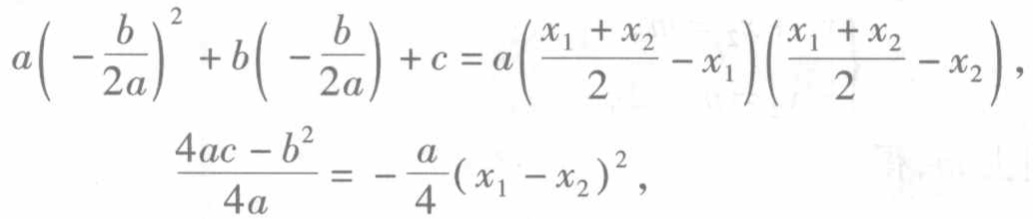
\[
\begin{align*}
a\left(-\frac{b}{2a}\right)^{2}+b\left(-\frac{b}{2a}\right)+c&=a\left(\frac{x_{1} + x_{2}}{2}-x_{1}\right)\left(\frac{x_{1} + x_{2}}{2}-x_{2}\right),\\
\frac{4ac - b^{2}}{4a}&=-\frac{a}{4}(x_{1}-x_{2})^{2},
\end{align*}
\]